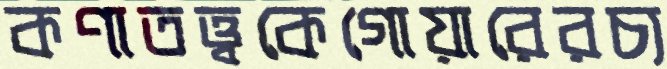
কণাতত্ত্বকেগোয়ারেরচ্য